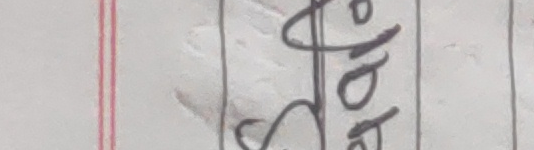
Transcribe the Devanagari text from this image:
छोडने